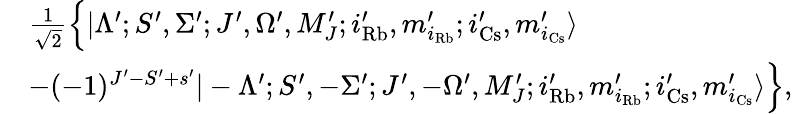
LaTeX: \begin{array}{rl}&{\frac{1}{\sqrt{2}}\Bigl\{ |\Lambda^{\prime};S^{\prime},\Sigma^{\prime};J^{\prime},\Omega^{\prime},M_{J}^{\prime};i_{\mathrm{Rb}}^{\prime},m_{i_{\mathrm{Rb}}}^{\prime};i_{\mathrm{Cs}}^{\prime},m_{i_{\mathrm{Cs}}}^{\prime}\rangle}\\ &{-(-1)^{J^{\prime}-S^{\prime}+s^{\prime}}|-\Lambda^{\prime};S^{\prime},-\Sigma^{\prime};J^{\prime},-\Omega^{\prime},M_{J}^{\prime};i_{\mathrm{Rb}}^{\prime},m_{i_{\mathrm{Rb}}}^{\prime};i_{\mathrm{Cs}}^{\prime},m_{i_{\mathrm{Cs}}}^{\prime}\rangle\Bigr\} ,}\end{array}